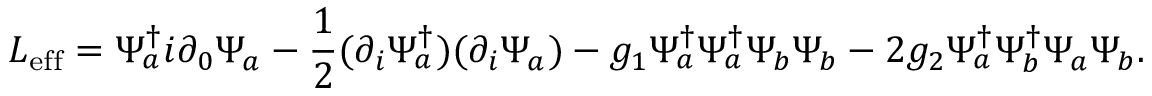
L _ { \mathrm { e f f } } = \Psi _ { a } ^ { \dagger } i \partial _ { 0 } \Psi _ { a } - { \frac { 1 } { 2 } } ( \partial _ { i } \Psi _ { a } ^ { \dagger } ) ( \partial _ { i } \Psi _ { a } ) - g _ { 1 } \Psi _ { a } ^ { \dagger } \Psi _ { a } ^ { \dagger } \Psi _ { b } \Psi _ { b } - 2 g _ { 2 } \Psi _ { a } ^ { \dagger } \Psi _ { b } ^ { \dagger } \Psi _ { a } \Psi _ { b } .